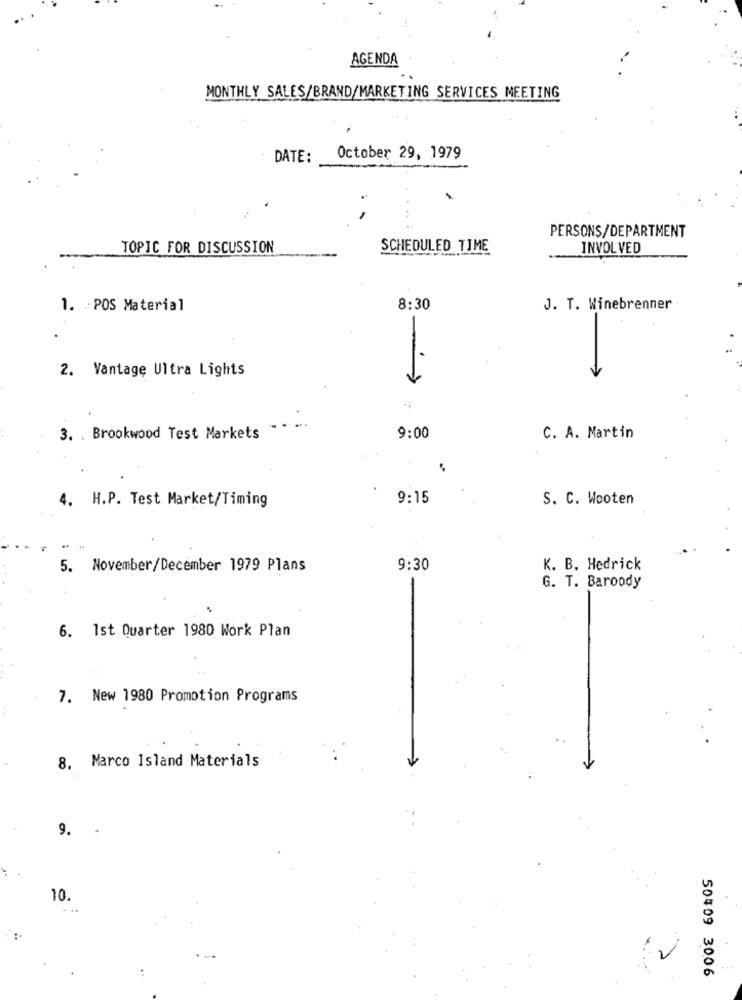
AGENDA
MONTHLY SALES/BRAND/MARKETING SERVICES MEETING
DATE:
October 29, 1979
PERSONS/DEPARTMENT
TOPIC FOR DISCUSSION
SCHEDULED TIME
INVOLVED
1. POS Material
8:30
J. T. Winebrenner
2. Vantage Ultra Lights
...
3. . Brookwood Test Markets
9:00
C. A. Martin
4. H.P. Test Market/Timing
9:15
S. C. Wooten
5. November/December 1979 Plans
9:30
K. B. Hedrick
G. T. Baroody
6. 1st Quarter 1980 Work Plan
7. New 1980 Promotion Programs
8. Marco Island Materials
9. -
10.
. ..
50409 3006